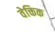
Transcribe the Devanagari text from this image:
वेक्तिक